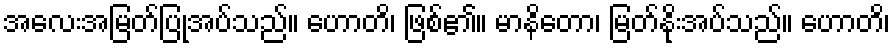
အလေးအမြတ်ပြုအပ်သည်။ ဟောတိ၊ ဖြစ်၏။ မာနိတော၊ မြတ်နိုးအပ်သည်။ ဟောတိ၊